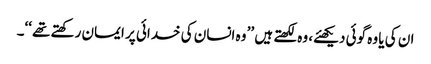
ان کی یا وہ گوئی دیکھئے، وہ لکھتے ہیں ’’ وہ انسان کی خدائی پر ایمان رکھتے تھے ‘‘۔